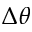
\Delta \theta